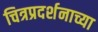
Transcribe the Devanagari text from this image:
चित्रप्रदर्शनाच्या